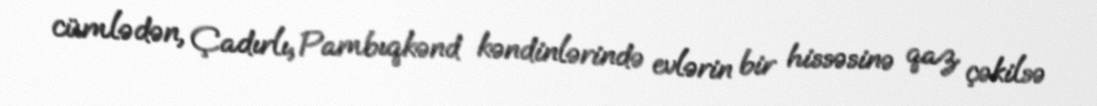
cümlədən, Çadırlı, Pambıqkənd kəndinlərində evlərin bir hissəsinə qaz çəkilsə